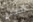
الصينين